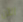
الآن